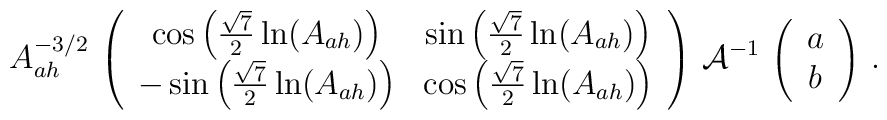
A_{ah}^{-3/2} \, \left( \begin{array}{cc}\cos \left( \frac{\sqrt{7}}{2} \ln (A_{ah}) \right) &\sin \left( \frac{\sqrt{7}}{2} \ln (A_{ah}) \right) \\- \sin \left( \frac{\sqrt{7}}{2} \ln (A_{ah}) \right) &\cos \left( \frac{\sqrt{7}}{2} \ln (A_{ah}) \right) \end{array} \right)\, {\cal A}^{-1} \,\left( \begin{array}{c}  a \\  b \end{array} \right)\, .